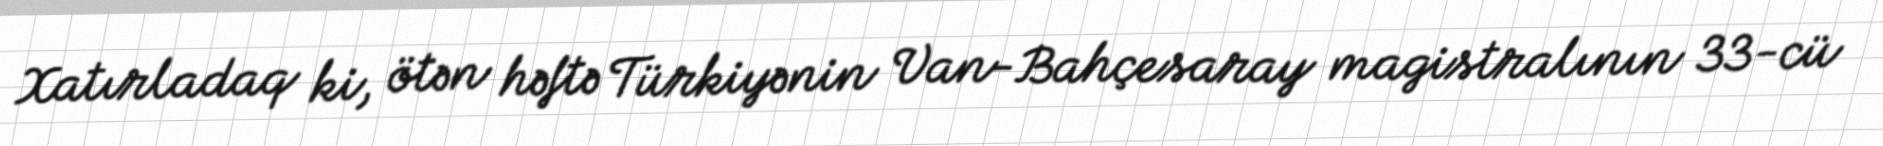
Xatırladaq ki, ötən həftə Türkiyənin Van-Bahçesaray magistralının 33-cü